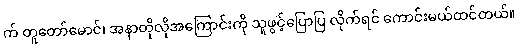
က် တူတော်မောင်၊ အနာတိုလိုအကြောင်းကို သူဖွင့်ပြောပြ လိုက်ရင် ကောင်းမယ်ထင်တယ်။